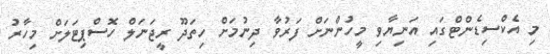
މި އެކްސިޑެންޓްގައި އަނިޔާވި މީހުންނަށް ފަރުވާ ދިނުމަށް ހިތަދޫ ރީޖަނަލް ހޮސްޕިޓަލަށް މިހާރު